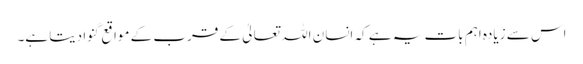
اس سے زیادہ اہم بات یہ ہے کہ انسان اللہ تعالیٰ کے قرب کے مواقع گنوا دیتا ہے۔